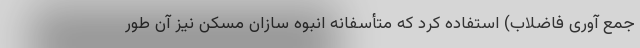
جمع آوری فاضلاب) استفاده کرد که متأسفانه انبوه سازان مسکن نیز آن طور